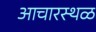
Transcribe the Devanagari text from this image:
आचारस्थळ